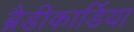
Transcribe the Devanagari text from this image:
ब्रैडीकार्डिया